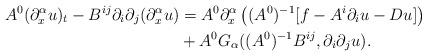
LaTeX: \begin{align*}A^{0}(\partial_{x}^{\alpha}u)_{t}-B^{ij}\partial_{i}\partial_{j}(\partial_{x}^{\alpha}u)&=A^{0}\partial_{x}^{\alpha}\left((A^{0})^{-1}[f-A^{i}\partial_{i}u-Du]\right)\\&+A^{0}G_{\alpha}((A^{0})^{-1}B^{ij},\partial_{i}\partial_{j}u).\end{align*}